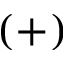
( + )